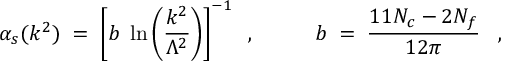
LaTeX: \alpha _ { s } ( k ^ { 2 } ) \; = \; \left[ b \; \ln \left( \frac { k ^ { 2 } } { \Lambda ^ { 2 } } \right) \right] ^ { - 1 } \; \; , \; \; \; \; \; \; \; \; \; \; b \; = \; \frac { 1 1 N _ { c } - 2 N _ { f } } { 1 2 \pi } \; \; \; ,